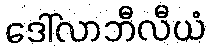
ဒေါ်လာဘီလီယံ